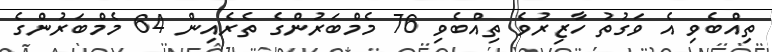
ތިއްބެވި އެ ވަގުތު ހާޒިރުވެ ތިއްބެވި 76 މެމްބަރުންގެ ތެރެއިން 64 މެމްބަރުންގެ